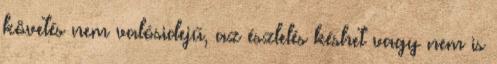
követés nem valósidejű, az észlelés késhet vagy nem is